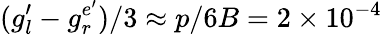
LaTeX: (g_{l}^{\prime}-g_{r}^{e^{\prime}})/3\approx p/6B=2\times 10^{-4}